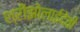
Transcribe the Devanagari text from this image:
श्रीझोलाईदेवी